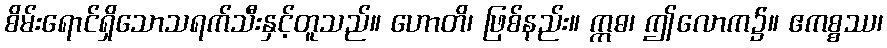
စိမ်းရောင်ရှိသောသရက်သီးနှင့်တူသည်။ ဟောတိ၊ ဖြစ်နည်း။ ဣဓ၊ ဤလောက၌။ ဧကစ္စဿ၊